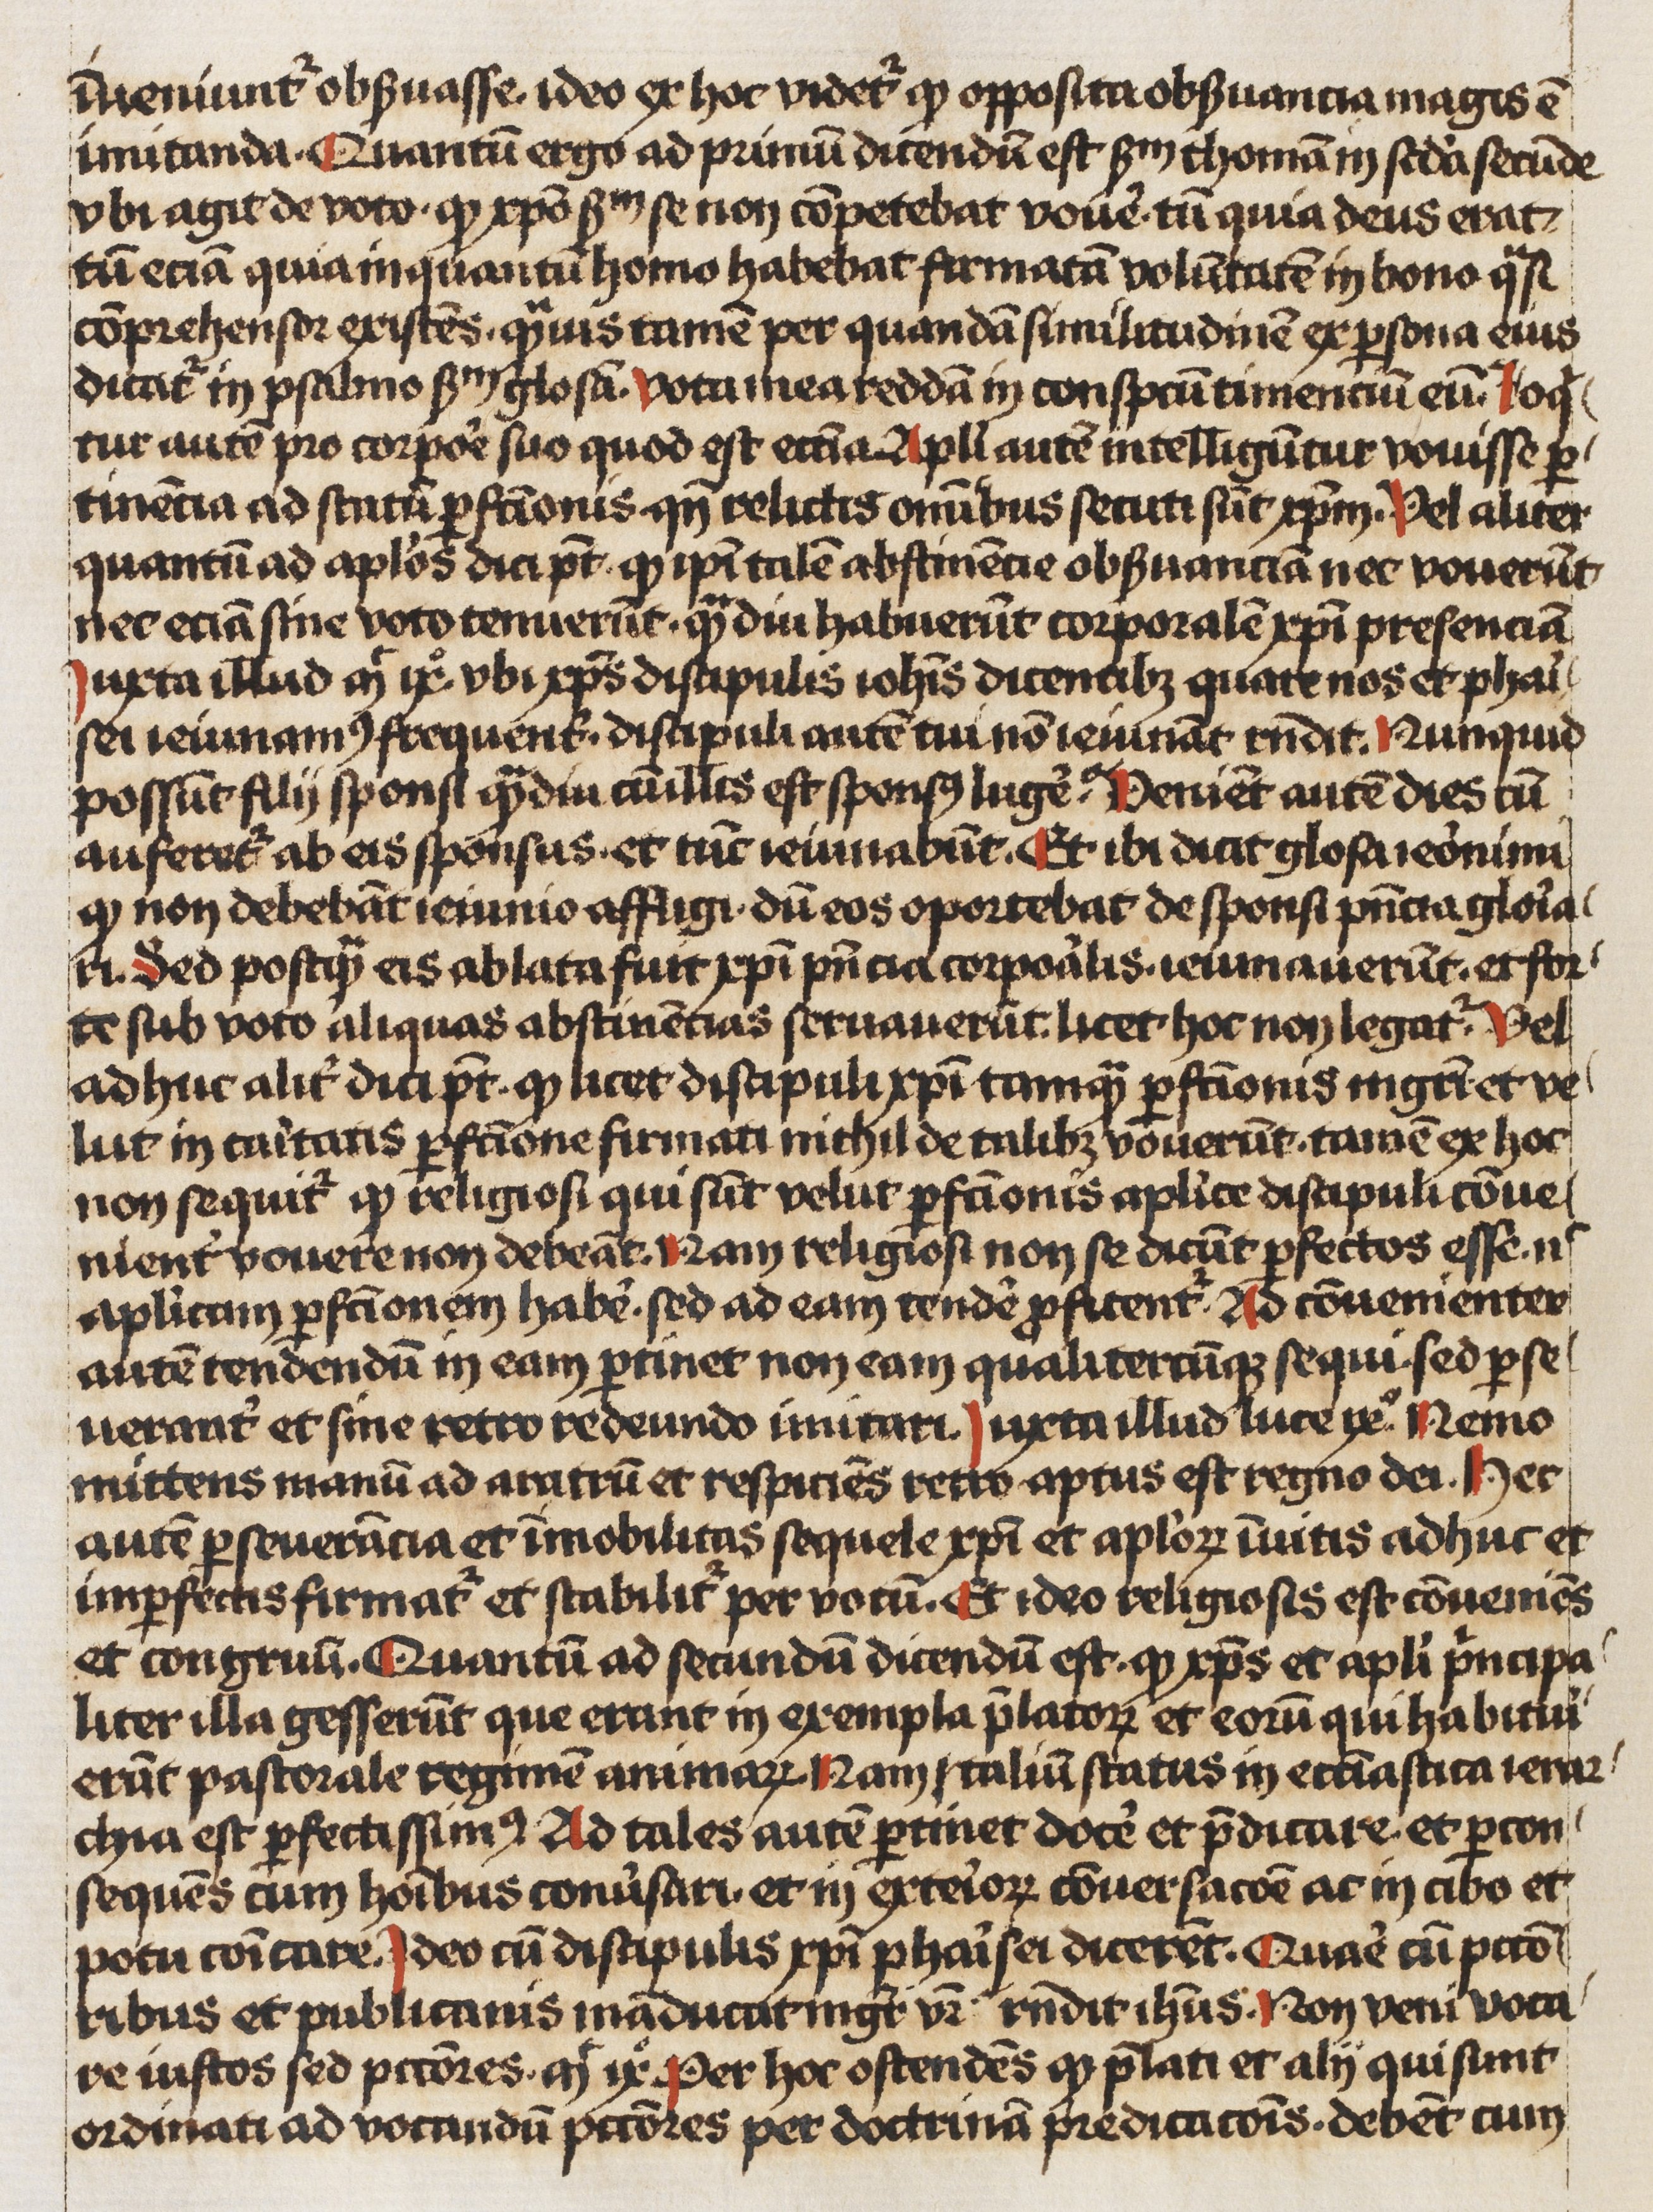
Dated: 1466–1466